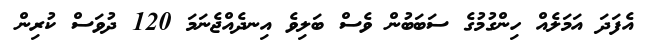
އެފަދަ އަމަލެއް ހިންގުމުގެ ސަބަބުން ވެސް ބަލިވެ އިނދެއްޖެނަމަ 120 ދުވަސް ކުރިން